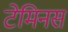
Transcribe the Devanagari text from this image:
टेमिनस